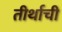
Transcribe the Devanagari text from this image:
तीर्थाची